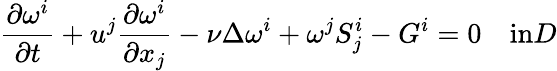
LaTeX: \frac{\partial\omega^{i}}{\partial t}+u^{j}\frac{\partial\omega^{i}}{\partial x_{j}}-\nu\Delta\omega^{i}+\omega^{j}S_{j}^{i}-G^{i}=0\quad\textrm{in}D